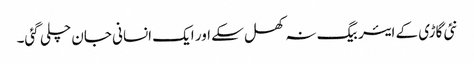
نئی گاڑی کے ایئر بیگ نہ کھل سکے اور ایک انسانی جان چلی گئی۔